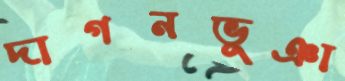
দাগনভূঞা